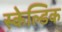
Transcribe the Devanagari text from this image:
स्केल्डिक